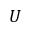
U